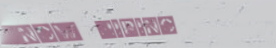
Now Hiring